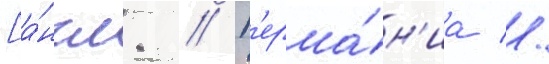
[а́нгл. // Г'ерма́н'иа //